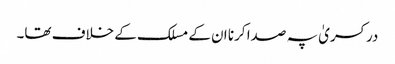
در کسریٰ پہ صدا کرنا ان کے مسلک کے خلاف تھا۔